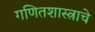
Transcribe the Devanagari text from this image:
गणितशास्त्राचे